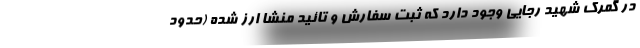
در گمرک شهید رجایی وجود دارد که ثبت سفارش و تائید منشا ارز شده (حدود